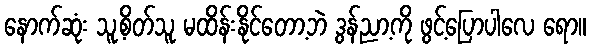
နောက်ဆုံး သူ့စိတ်သူ မထိန်းနိုင်တော့ဘဲ ဒွန်ညာ့ကို ဖွင့်ပြောပါလေ ရော။